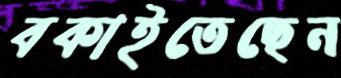
বকাইতেছেন